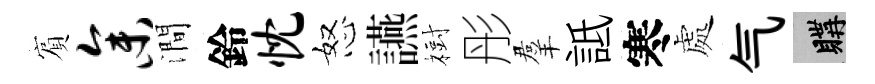
賔参澗鈴忱怒讌𣗳彤羣詆寒處气購